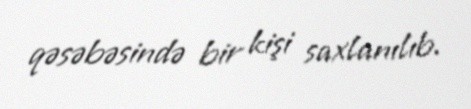
qəsəbəsində bir kişi saxlanılıb.